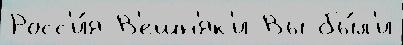
Росс'и́я В'ешн'як'и Вы бы́л'и